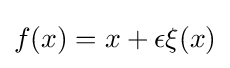
f(x)=x+\epsilon \xi (x)